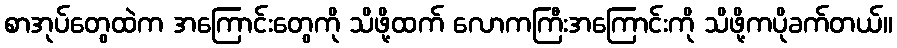
စာအုပ်တွေထဲက အကြောင်းတွေကို သိဖို့ထက် လောကကြီးအကြောင်းကို သိဖို့ကပိုခက်တယ်။